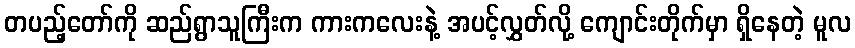
တပည့်တော်ကို ဆည်ရွာသူကြီးက ကားကလေးနဲ့ အပင့်လွှတ်လို့ ကျောင်းတိုက်မှာ ရှိနေတဲ့ မူလ